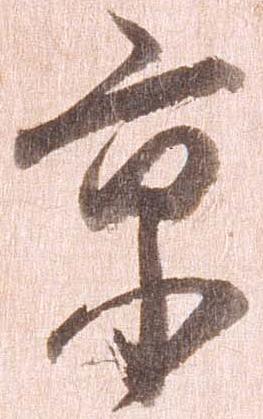
京